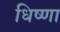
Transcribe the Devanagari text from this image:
धिष्णा